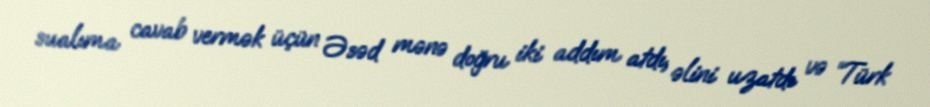
sualıma cavab vermək üçün Əsəd mənə doğru iki addım atdı, əlini uzatdı və “Türk